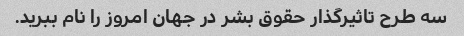
سه طرح تاثیرگذار حقوق بشر در جهان امروز را نام ببرید.